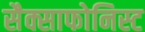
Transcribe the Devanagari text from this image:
सैक्साफोनिस्ट